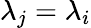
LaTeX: \lambda_{j}=\lambda_{i}